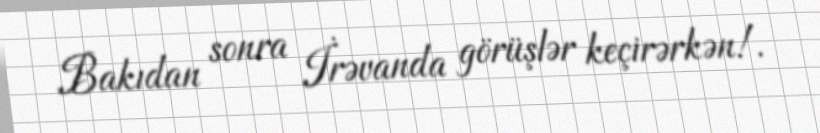
Bakıdan sonra İrəvanda görüşlər keçirərkən!.